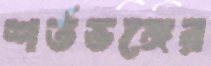
শর্তভঙ্গের